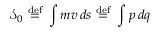
{ \mathcal { S } } _ { 0 } \ { \stackrel { \mathrm { d e f } } { = } } \ \int m v \, d s \ { \stackrel { \mathrm { d e f } } { = } } \ \int p \, d q